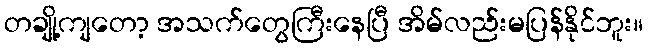
တချို့ကျတော့ အသက်တွေကြီးနေပြီ အိမ်လည်းမပြန်နိုင်ဘူး။